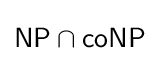
{\mathsf {NP}}\cap {\mathsf {coNP}}